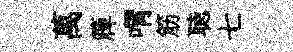
萬簰喟筋聴七